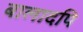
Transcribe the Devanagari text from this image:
बालादपि